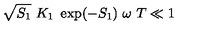
\sqrt { S _ { 1 } } \ K _ { 1 } \ \exp ( - S _ { 1 } ) \ \omega \ T \ll 1